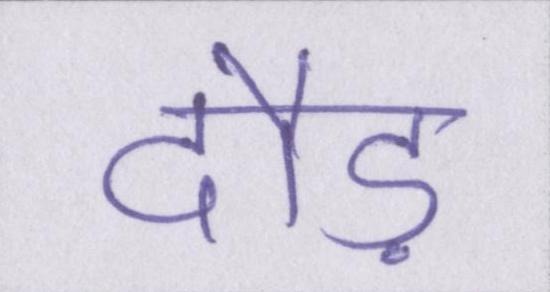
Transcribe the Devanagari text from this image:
दौड़